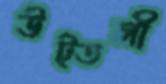
উট্তলী